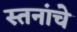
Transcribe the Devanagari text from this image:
स्तनांचे